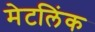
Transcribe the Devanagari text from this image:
मेटलिंक